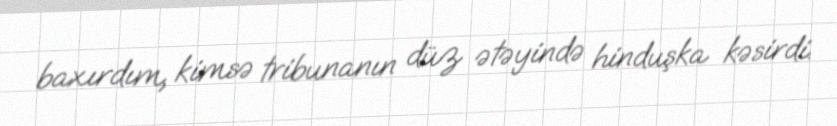
baxırdım, kimsə tribunanın düz ətəyində hinduşka kəsirdi.